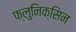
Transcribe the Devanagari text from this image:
फ्लुनिक्सिन